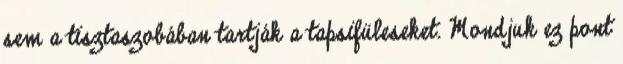
sem a tisztaszobában tartják a tapsifüleseket. Mondjuk ez pont